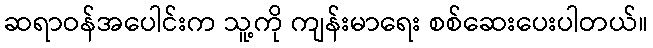
ဆရာဝန်အပေါင်းက သူ့ကို ကျန်းမာရေး စစ်ဆေးပေးပါတယ်။